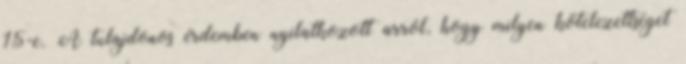
15-e. A tulajdonos érdemben nyilatkozott arról, hogy milyen kötelezettséget